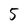
Character: 5